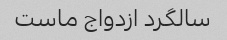
سالگرد ازدواج ماست